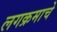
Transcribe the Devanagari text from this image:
लगक्रमाचे